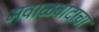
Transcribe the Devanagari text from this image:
मवाळवादाचा